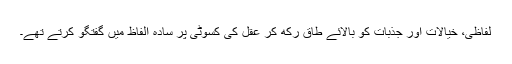
لفاظی، خیالات اور جذبات کو بالائے طاق رکھ کر عقل کی کسوٹی پر سادہ الفاظ میں گفتگو کرتے تھے۔